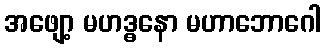
အဖျော့ မဟဒ္ဓနော မဟာဘောဂေါ